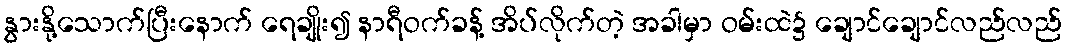
နွားနို့သောက်ပြီးနောက် ရေချိုး၍ နာရီဝက်ခန့် အိပ်လိုက်တဲ့ အခါမှာ ဝမ်းထဲ၌ ချောင်ချောင်လည်လည်